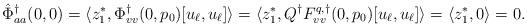
LaTeX: \begin{align*}\hat \Phi^\dagger_{aa}(0,0) &= \langle z_1^*, \Phi^\dagger_{vv}(0,p_0)[u_\ell,u_\ell]\rangle = \langle z_1^*, Q^\dagger F^{q,\dagger}_{vv}(0, p_0)[u_\ell,u_\ell]\rangle = \langle z_1^*, 0\rangle = 0.\end{align*}